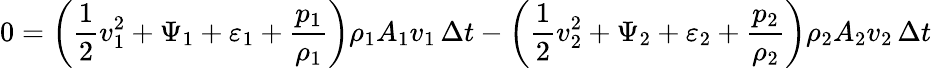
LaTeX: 0=\left({\frac{1}{2}}v_{1}^{2}+\Psi_{1}+\varepsilon_{1}+{\frac{p_{1}}{\rho_{1}}}\right)\rho_{1}A_{1}v_{1}\, \Delta t-\left({\frac{1}{2}}v_{2}^{2}+\Psi_{2}+\varepsilon_{2}+{\frac{p_{2}}{\rho_{2}}}\right)\rho_{2}A_{2}v_{2}\, \Delta t